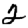
Digit: 2